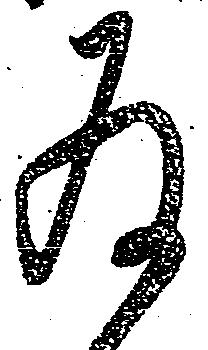
為